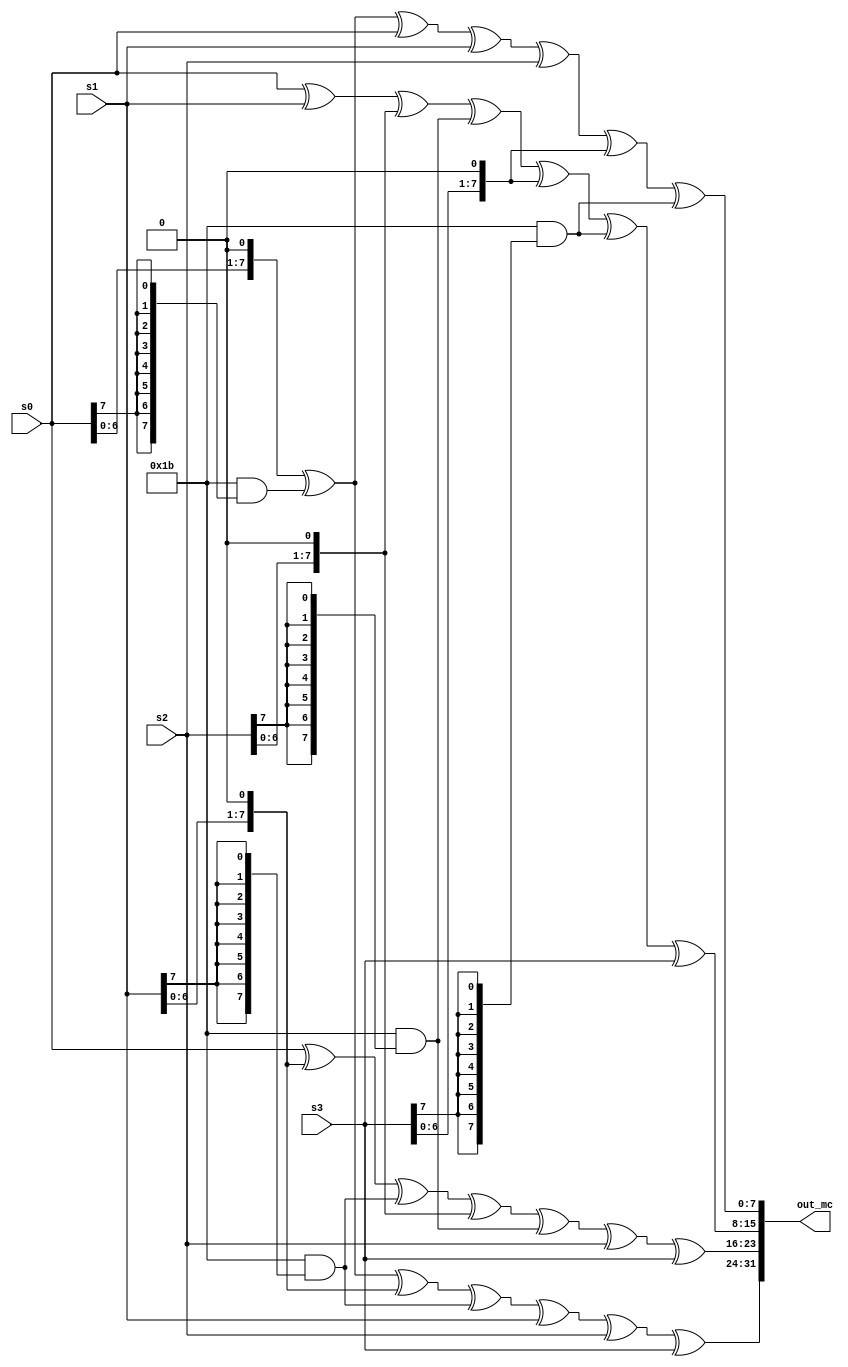
module aes_mix_col(s0,s1,s2,s3,out_mc);   
  input	wire [7:0] s0;               
  input wire [7:0] s1;
  input wire [7:0] s2;
  input wire [7:0] s3;
  output wire [31:0] out_mc;

  assign out_mc[31:24] = {s0[6:0],1'b0}^(8'h1b&{8{s0[7]}})^{s1[6:0],1'b0}^(8'h1b&{8{s1[7]}})^s1^s2^s3;
  assign out_mc[23:16] = s0^{s1[6:0],1'b0}^(8'h1b&{8{s1[7]}})^{s2[6:0],1'b0}^(8'h1b&{8{s2[7]}})^s2^s3;
  assign out_mc[15:08] = s0^s1^{s2[6:0],1'b0}^(8'h1b&{8{s2[7]}})^{s3[6:0],1'b0}^(8'h1b&{8{s3[7]}})^s3;
  assign out_mc[07:00] = {s0[6:0],1'b0}^(8'h1b&{8{s0[7]}})^s0^s1^s2^{s3[6:0],1'b0}^(8'h1b&{8{s3[7]}});
endmodule